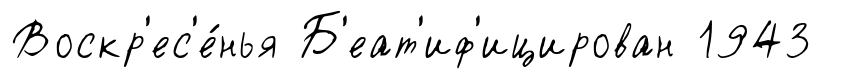
Воскр'ес'е́нья Б'еат'иф'ицирован 1943